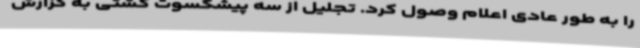
را به طور عادی اعلام وصول کرد. تجلیل از سه پیشکسوت کشتی به گزارش